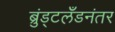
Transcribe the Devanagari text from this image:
ब्रुंड्टलँडनंतर